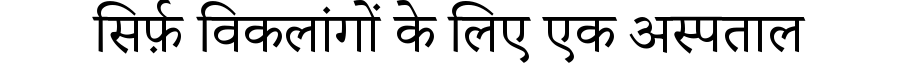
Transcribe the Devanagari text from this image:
सिर्फ़ विकलांगों के लिए एक अस्पताल